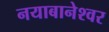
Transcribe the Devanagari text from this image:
नयाबानेश्वर